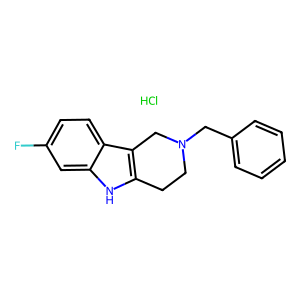
SMILES: Cl.Fc1ccc2c3c([nH]c2c1)CCN(Cc1ccccc1)C3
Inhibits HIV replication: No